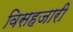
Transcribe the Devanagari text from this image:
विसहजारी